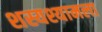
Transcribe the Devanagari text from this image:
शस्यश्यामला